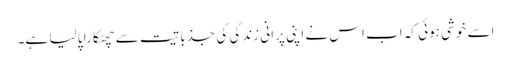
اسے خوشی ہوئی کہ اب اس نے اپنی پرانی زندگی کی جذباتیت سے چھٹکارا پا لیا ہے۔